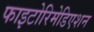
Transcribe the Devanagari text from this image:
फाइटोरिमेडिएशन